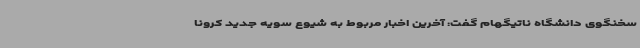
سخنگوی دانشگاه ناتیگهام گفت: آخرین اخبار مربوط به شیوع سویه جدید کرونا